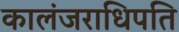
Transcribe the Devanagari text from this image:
कालंजराधिपति